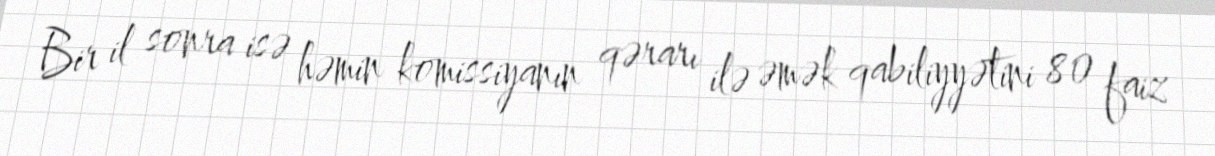
Bir il sonra isə həmin komissiyanın qərarı ilə əmək qabiliyyətini 80 faiz